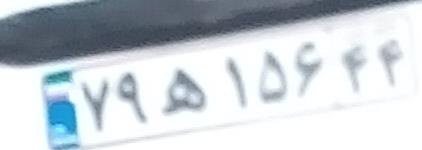
۷۹ه۱۵۶۴۴